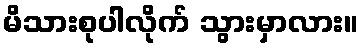
မိသားစုပါလိုက် သွားမှာလား။